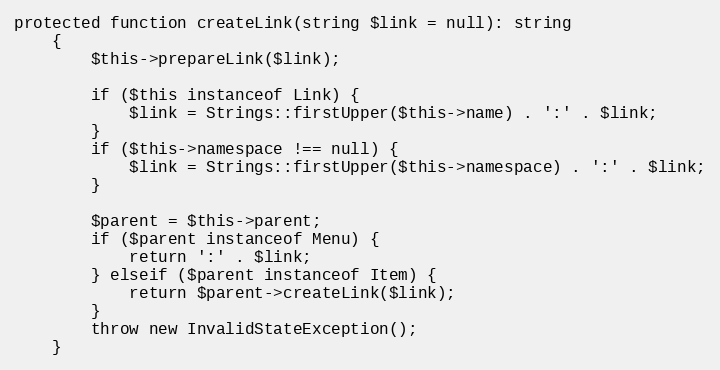
Language: PHP
protected function createLink(string $link = null): string
	{
		$this->prepareLink($link);

		if ($this instanceof Link) {
			$link = Strings::firstUpper($this->name) . ':' . $link;
		}
		if ($this->namespace !== null) {
			$link = Strings::firstUpper($this->namespace) . ':' . $link;
		}

		$parent = $this->parent;
		if ($parent instanceof Menu) {
			return ':' . $link;
		} elseif ($parent instanceof Item) {
			return $parent->createLink($link);
		}
		throw new InvalidStateException();
	}